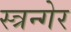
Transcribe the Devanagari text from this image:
स्त्रन्गेर